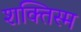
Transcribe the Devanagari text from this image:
शक्तिस्म